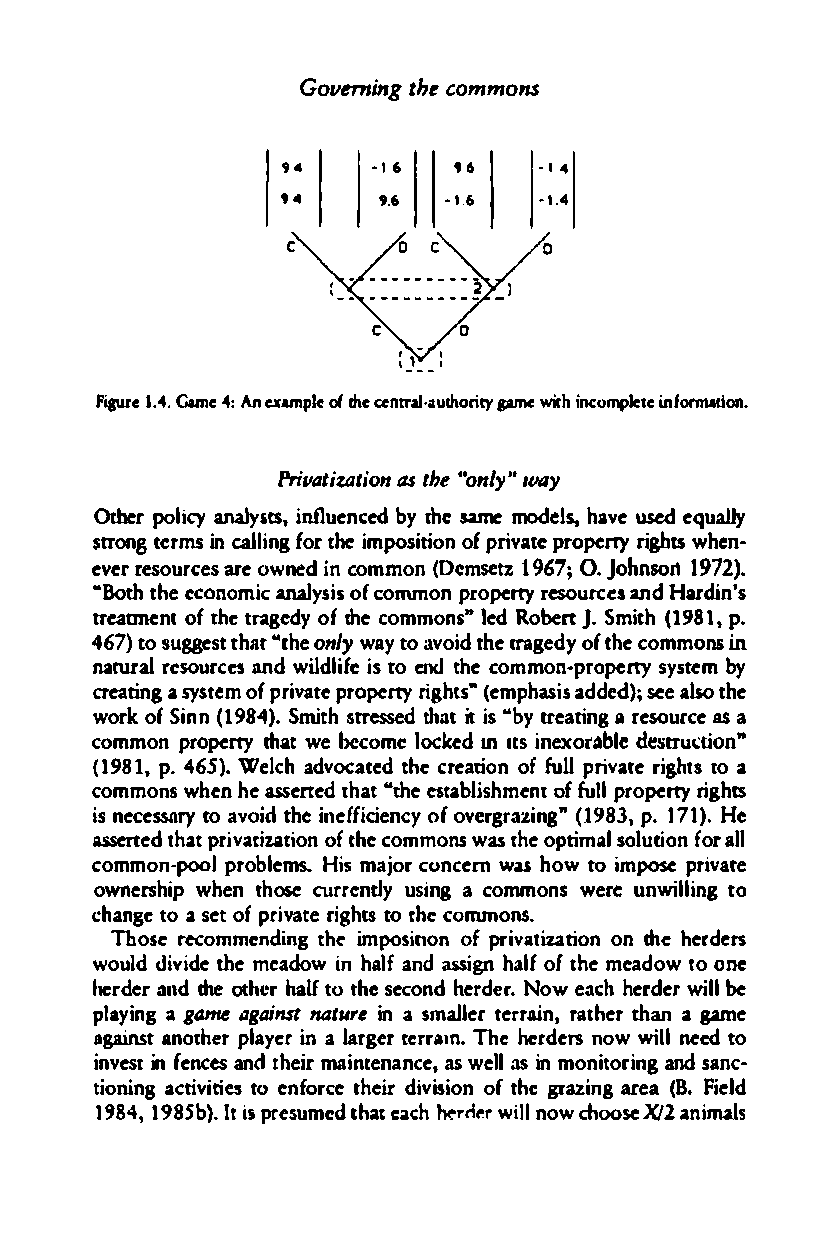
Govern ingt hceo mmons
 94    -16  "     ·14
 94    9.6 -16 .  -14.
 Piaure1 4..G ame 4:An exampleo fr hceen tral·aurhopmeri ry withi ncomplineftoerma tion.
 Privatizatiaso tnh "e on"'l (I(IyY
 Otherp olicy analysts,i nflueendcb yt hsamee models,h avusede eqaluly
 strontgre msi nc:al lingf otrh iem positioofnp rivatper opertyri ghtsw hen­
 eevrr esourarceeo swn eid nc ommo(nD emtse9 tz61 O;.J ohns1o79n2 ).
 "Both theec onoanalmiycsis o fc ommonp roperty resourceansd Hardin's
 treatJne nlo ft htera gedoyf t hceo mm ons" ledR obertJ .S mit(h1 891p,.
 46)t7 os uggestth a"tht eo nlwya yt oa votihdte ra gedoyft hceom monsin
 naruralr soeurcaneds w ildlei ifst oe ndt hceo mmon-propesyrtyste m by
 creaatisy nsgt eomfp rivaptre opertyr igh(tesmh"pas iasd dedse)ealso; the
 worokf Si nn (9184S)mi.t hs tressedt haitti s" by treaari rnegso uras cae
 commopnr operttyh awte be comel ocekdan usi enXOl'lldbesltteuti ,on"
 (9181,p .4 65W)el.c ahd vocattehdce er tiaono ffu llp rivatreih gttso a
 commonwsh enhe asesrtetdha t" theset asbhlimeonffut l plr ortype righes
 isn ecessatryoa votihdie nfeficioefon vceyr gigrna"(z 198p3.1, 7 .1H e)
 assertethda tp rivatiozaftt ehic oonm moswn as theo ptimsaolli uotfno arl l
 commonpo-olp roblems. Himsa jor cwuasn choewrnto impose private
 ownershiwph ent hseo currentluysg i ncao mmonwser e unwililngt o
 chnaget o a s eotfp rviatreih gtst ot hce ommons.
 Thoserec ommenditnhg�i mposiohfpor nit viazatioonnt heh erders
 wouldd idveith em eadowi nh alfan das signh alofft hmee adow too ne
 herdaenrdt hoe thheartl otfh see conhedr rd.eN owe achhe rdweilrlbe
 playinagg ame againstna turien a smalltererair n,rt ahethran a game
 against antoheprla yerin a largteerr ramh.e rThdeen onw willne ed to
 ivnesitnf necesa ndte himra nitenanas cweel,al s i nm ontiorianndgs a nc­
 tioniancgti ivesit toe nofrcteh ediri ivsioofnt hgreaz inarg ea( 8F.ie ld
 t9 84t9, 8 S)bI.ti psr esucmhe�aed a ch hw('"ilrnlno ewr chXJoo2se a nimals